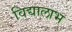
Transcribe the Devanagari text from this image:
विद्यालाभ